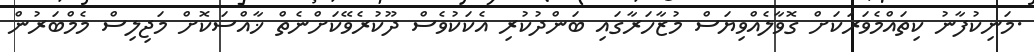
.މަނިކުފާނު ކިތައްމެވަރަކަށް ގޮވާލެއްވިޔަސް މުޒާހަރާގައި ބަންދުކުރި އެކަކުވެސް ދޫކުރެވޭކަށްނެތް ޚާއްސަކޮށް މަޖިލިސް މެމްބަރުން